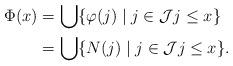
LaTeX: \begin{align*}\Phi(x) & = \bigcup \{ \varphi(j) \mid j \in \mathcal{J} j \leq x \} \\& = \bigcup \{ N(j) \mid j \in \mathcal{J} j \leq x \}.\end{align*}